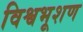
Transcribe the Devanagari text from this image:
विश्वभूशण